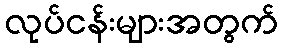
လုပ်ငန်းများအတွက်